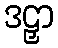
ဒဠှာ